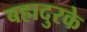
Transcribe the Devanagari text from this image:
बहादुरके